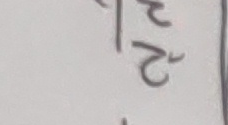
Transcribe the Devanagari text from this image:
२